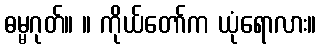
ဓမ္မဂုတ်။ ။ ကိုယ်တော်က ယုံရောလား။